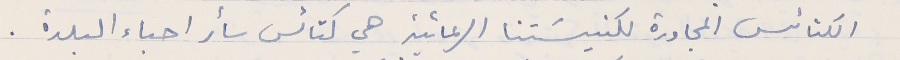
الكنائس المجاورة لكنيسَتنا الرعائية هي كنائس سائر احباء البلدة .